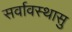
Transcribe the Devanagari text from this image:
सर्वावस्थासु